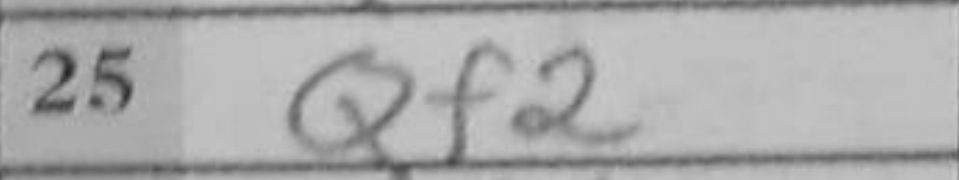
Transcription: Qf2